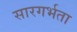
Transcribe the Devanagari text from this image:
सारगर्भता